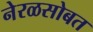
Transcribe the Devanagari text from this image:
नेरळसोबत